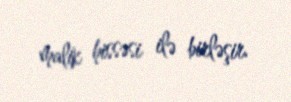
malik hissəsi ilə birləşir.